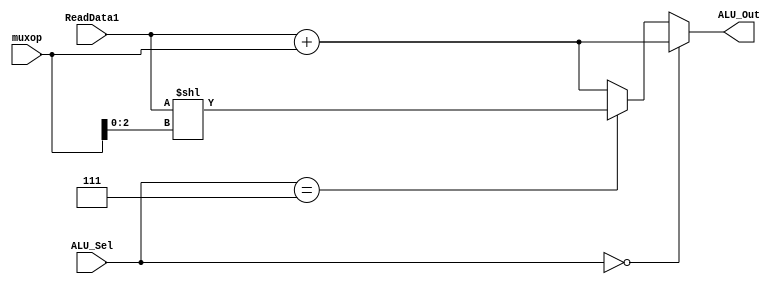

`timescale 1ns / 1ps
module alu(
  input [7:0] ReadData1,muxop, 
  input [2:0] ALU_Sel, // ALU Selection alu_opcode
  output reg [7:0] ALU_Out // ALU 8-bit Output
);
  reg [7:0] ALU_Result;

  always @(ReadData1,muxop,ALU_Sel)
  begin
    if (ALU_Sel == 3'b000) begin
      ALU_Out = ReadData1 + muxop; 
    end 
    else if (ALU_Sel == 3'b111) begin
      ALU_Out = ReadData1 << muxop[2:0];
    end
    else begin
      ALU_Out = ReadData1 + muxop ;
    end
 end
endmodule